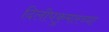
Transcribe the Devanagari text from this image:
दिलीपकुमारच्या